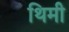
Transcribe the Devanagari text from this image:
थिमी